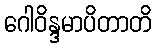
ဂေါဝိန္ဒမာပိတာတိ